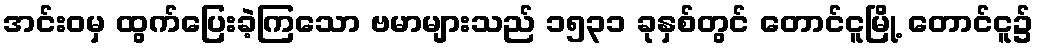
အင်းဝမှ ထွက်ပြေးခဲ့ကြသော ဗမာများသည် ၁၅၃၁ ခုနှစ်တွင် တောင်ငူမြို့ တောင်ငူ၌